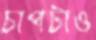
চাপটাও